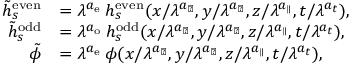
\begin{array} { r l } { \tilde { h } _ { s } ^ { \mathrm { e v e n } } } & { = \lambda ^ { a _ { \mathrm { e } } } \: h _ { s } ^ { \mathrm { e v e n } } ( x / \lambda ^ { a _ { \perp } } , y / \lambda ^ { a _ { \perp } } , z / \lambda ^ { a _ { \parallel } } , t / \lambda ^ { a _ { t } } ) , } \\ { \tilde { h } _ { s } ^ { \mathrm { o d d } } } & { = \lambda ^ { a _ { \mathrm { o } } } \: h _ { s } ^ { \mathrm { o d d } } ( x / \lambda ^ { a _ { \perp } } , y / \lambda ^ { a _ { \perp } } , z / \lambda ^ { a _ { \parallel } } , t / \lambda ^ { a _ { t } } ) , } \\ { \tilde { \phi } } & { = \lambda ^ { a _ { \mathrm { e } } } \: \phi ( x / \lambda ^ { a _ { \perp } } , y / \lambda ^ { a _ { \perp } } , z / \lambda ^ { a _ { \parallel } } , t / \lambda ^ { a _ { t } } ) , } \end{array}